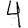
Digit: 4